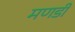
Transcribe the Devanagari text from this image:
मणडी